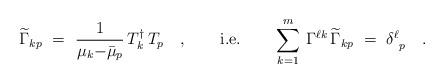
LaTeX: \begin{align*}\widetilde{\Gamma}_{kp}\ =\ \frac{1}{\mu_k{-}\bar{\mu}_p}\,T_k^\dagger\,T_p\quad, \qquad\textrm{i.e.}\qquad\sum_{k=1}^m\,\Gamma^{\ell k}\,\widetilde{\Gamma}_{kp}\ =\ \delta_{\ p}^\ell \quad.\end{align*}